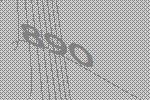
890